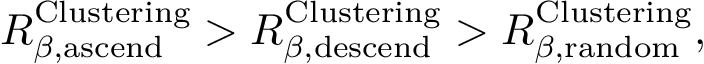
R _ { \beta , \mathrm { a s c e n d } } ^ { \mathrm { C l u s t e r i n g } } > R _ { \beta , \mathrm { d e s c e n d } } ^ { \mathrm { C l u s t e r i n g } } > R _ { \beta , \mathrm { r a n d o m } } ^ { \mathrm { C l u s t e r i n g } } ,